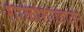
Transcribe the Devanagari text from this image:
शाळांशाळातून